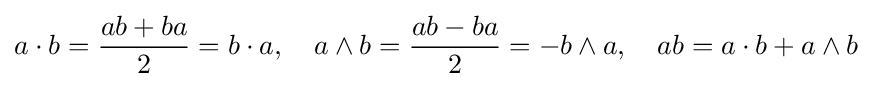
a\cdot b={\frac {ab+ba}{2}}=b\cdot a,\quad a\wedge b={\frac {ab-ba}{2}}=-b\wedge a,\quad ab=a\cdot b+a\wedge b